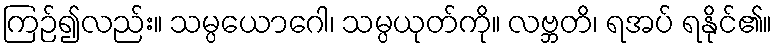
ကြဉ်၍လည်း။ သမ္ပယောဂေါ၊ သမ္ပယုတ်ကို။ လဗ္ဘတိ၊ ရအပ် ရနိုင်၏။